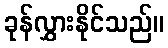
ခုန်လွှားနိုင်သည်။